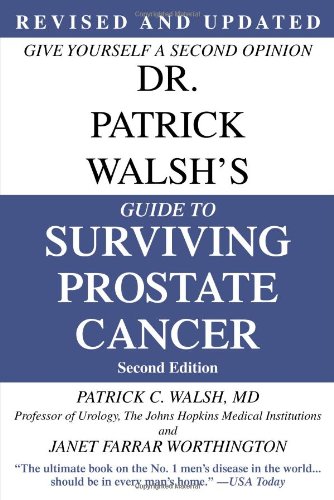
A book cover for Dr. Patrick Walsh's Guide to Surviving Prostate Cancer, Second Edition; Patrick C. Walsh; Health, Fitness & Dieting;